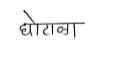
मजकूर: घोटाळा